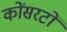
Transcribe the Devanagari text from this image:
कोंसरटों